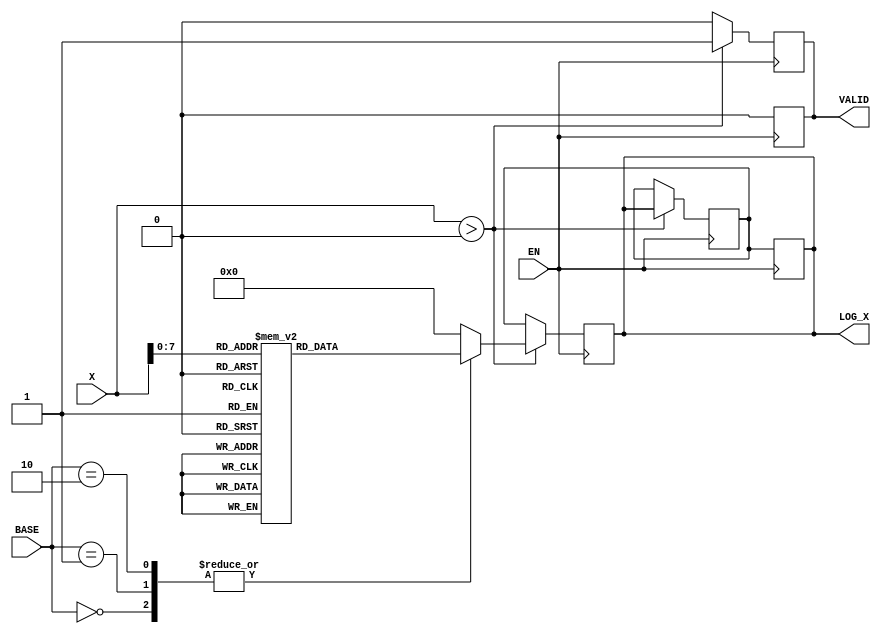
module LogarithmicFunctionGenerator (
    input wire [15:0] X,         // Input Signal (16-bit unsigned integer)
    input wire [1:0] BASE,       // Base Selection (00: base 2, 01: base 10, 10: natural log)
    input wire EN,               // Enable Signal
    output reg [15:0] LOG_X,     // Logarithmic Output
    output reg VALID             // Valid Signal
);

    // Lookup table for logarithm values (simplified for example)
    reg [15:0] log_table [0:255]; // 256-entry LUT for log values
    initial begin
        // Initialize the log_table with precomputed logarithm values
        // Values should be precomputed for log2, log10, and natural log
        // Example: log_table[0] = 0, log_table[1] = 0, log_table[2] = 1, ...
        // Fill in the appropriate values based on the desired logarithmic base
        // This is just a placeholder; you should fill it with actual log values
        log_table[0] = 0;   // log(1) = 0
        log_table[1] = 0;   // log(1) = 0
        log_table[2] = 1;   // log(2) = 1 (base 2)
        // ... (populate the rest of the table)
    end

    reg [15:0] last_valid_output; // To hold the last valid output

    always @(posedge EN) begin
        if (X > 0) begin
            case (BASE)
                2'b00: begin // Base 2
                    LOG_X <= log_table[X]; // Retrieve from LUT
                end
                2'b01: begin // Base 10
                    LOG_X <= log_table[X]; // Retrieve from LUT
                end
                2'b10: begin // Natural Log
                    LOG_X <= log_table[X]; // Retrieve from LUT
                end
                default: begin
                    LOG_X <= 0; // Default case
                end
            endcase
            VALID <= 1; // Indicate valid output
            last_valid_output <= LOG_X; // Store the last valid output
        end else begin
            LOG_X <= last_valid_output; // Hold last valid output
            VALID <= 0; // Indicate invalid output
        end
    end

    // Optional: Output hold when EN is low
    always @(negedge EN) begin
        LOG_X <= last_valid_output; // Retain last valid output
        VALID <= 0; // Indicate that output is not valid
    end

endmodule